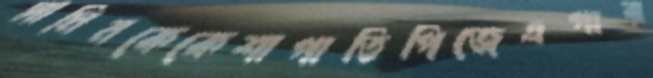
সামিনকেকেশাপাতিপিজেএপার